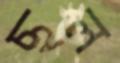
ছল